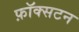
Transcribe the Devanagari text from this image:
फ़ॉक्सटन